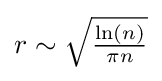
{\textstyle r\sim {\sqrt {\ln(n) \over \pi n}}}